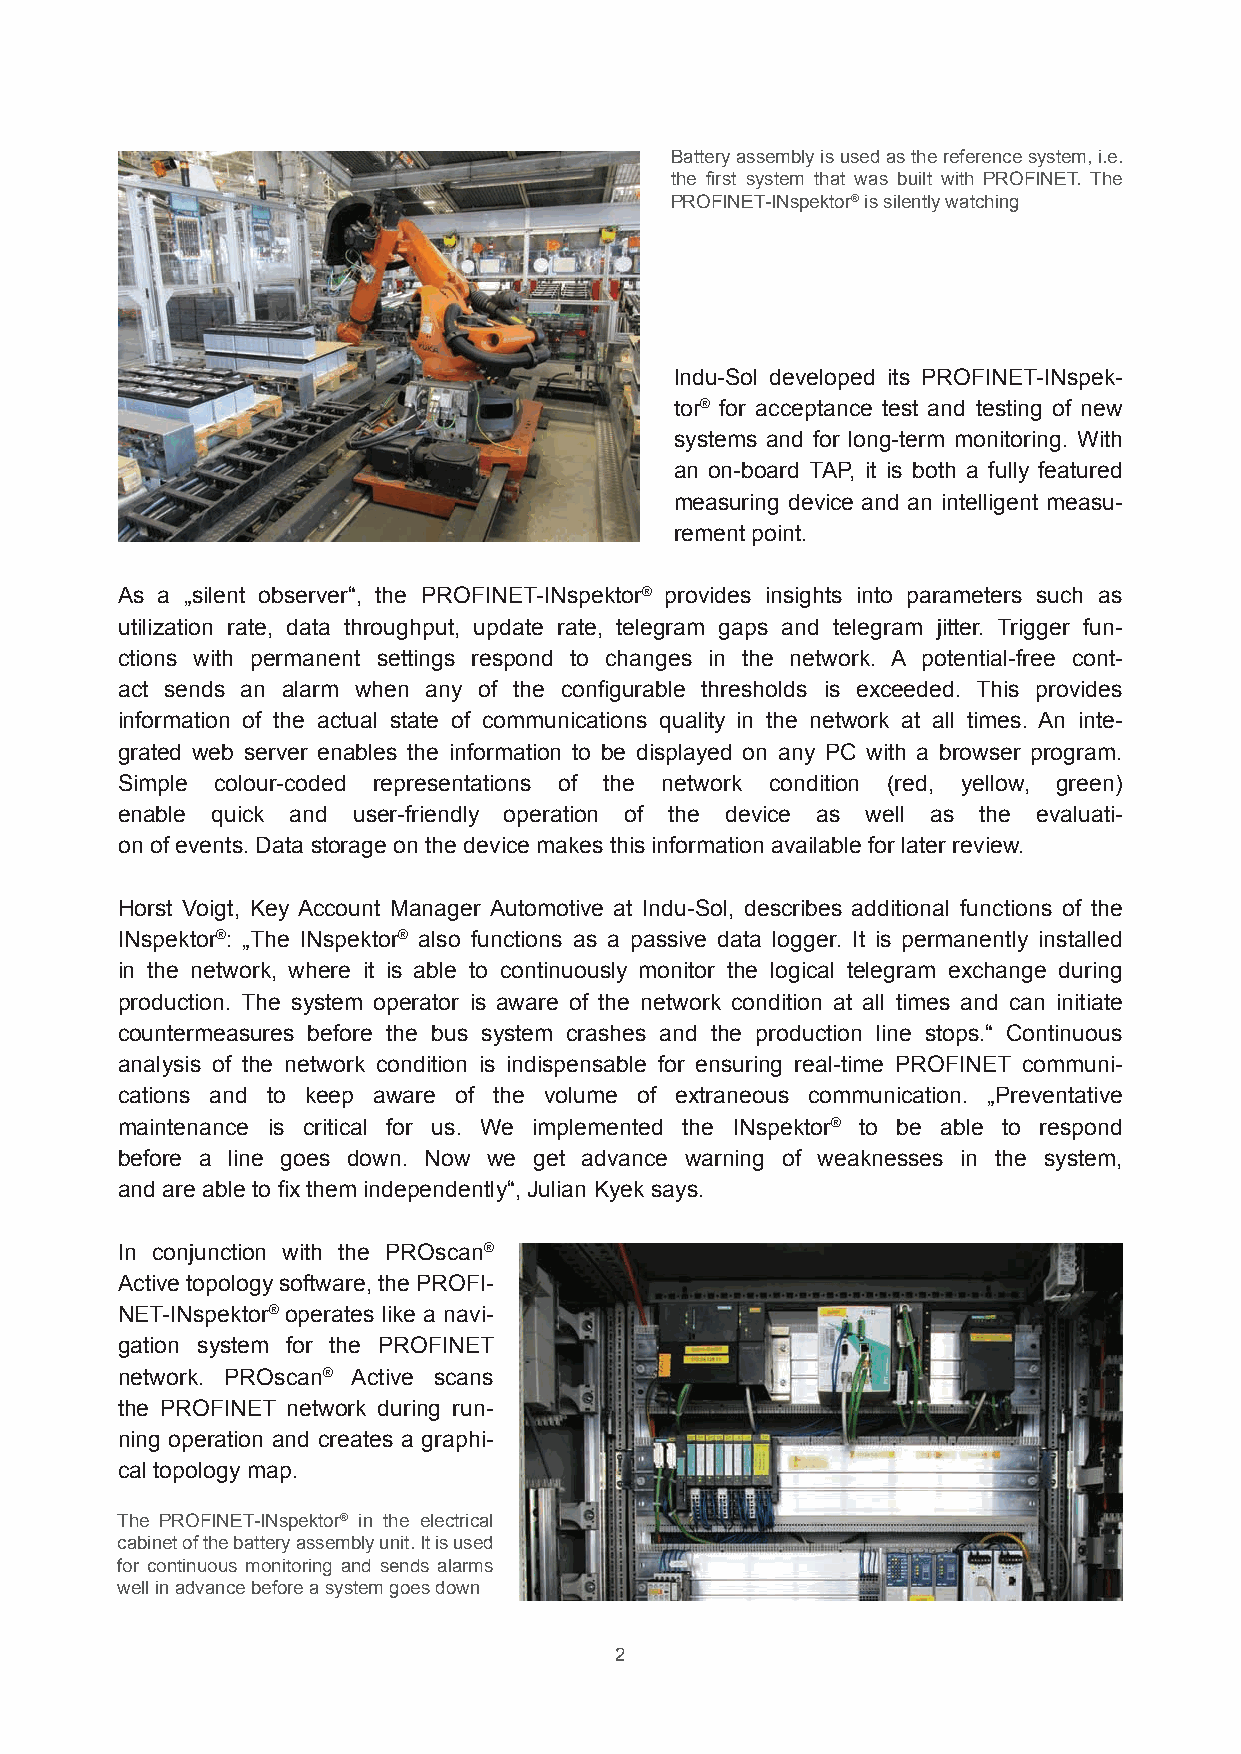
Battery assembly is used as the reference system, i.e.
 the first system that was built with PROFINET. The
 PROFINET-INspektor® is silently watching
 Indu-Sol developed its PROFINET-INspek-
 tor® for acceptance test and testing of new
 systems and for long-term monitoring. With
 an on-board TAP, it is both a fully featured
 measuring device and an intelligent measu-
 rement point.
 As a „silent observer“, the PROFINET-INspektor® provides insights into parameters such as
 utilization rate, data throughput, update rate, telegram gaps and telegram jitter. Trigger fun-
 ctions with permanent settings respond to changes in the network. A potential-free cont-
 act sends an alarm when any of the configurable thresholds is exceeded. This provides
 information of the actual state of communications quality in the network at all times. An inte-
 grated web server enables the information to be displayed on any PC with a browser program.
 Simple colour-coded representations of the network condition (red, yellow, green)
 enable quick and user-friendly operation of the device as well as the evaluati-
 on of events. Data storage on the device makes this information available for later review.
 Horst Voigt, Key Account Manager Automotive at Indu-Sol, describes additional functions of the
 INspektor®: „The INspektor® also functions as a passive data logger. It is permanently installed
 in the network, where it is able to continuously monitor the logical telegram exchange during
 production. The system operator is aware of the network condition at all times and can initiate
 countermeasures before the bus system crashes and the production line stops.“ Continuous
 analysis of the network condition is indispensable for ensuring real-time PROFINET communi-
 cations and to keep aware of the volume of extraneous communication. „Preventative
 maintenance is critical for us. We implemented the INspektor® to be able to respond
 before a line goes down. Now we get advance warning of weaknesses in the system,
 and are able to fix them independently“, Julian Kyek says.
 In conjunction with the PROscan®
 Active topology software, the PROFI-
 NET-INspektor® operates like a navi-
 gation system for the PROFINET
 network. PROscan® Active scans
 the PROFINET network during run-
 ning operation and creates a graphi-
 cal topology map.
 The PROFINET-INspektor® in the electrical
 cabinet of the battery assembly unit. It is used
 for continuous monitoring and sends alarms
 w ell in ad vance be fore a sy stem goe s down
 2